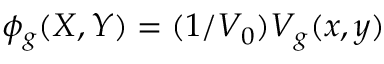
\phi _ { g } ( X , Y ) = ( 1 / V _ { 0 } ) V _ { g } ( x , y )